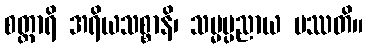
စတ္တာရိ အရိယသစ္စာနိ၊ သမ္မပ္ပညာယ ပဿတိ။